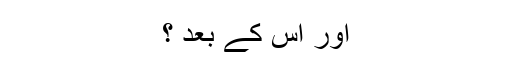
اور اس کے بعد ؟